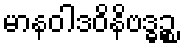
မာနဝါဒဝိနိဗဒ္ဓဉ္စ